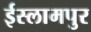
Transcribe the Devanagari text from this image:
ईस्लामपुर